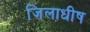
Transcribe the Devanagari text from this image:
जिलाधीष